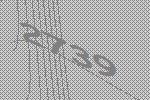
2739